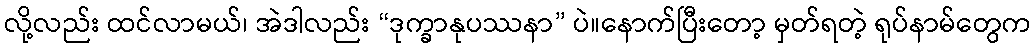
လို့လည်း ထင်လာမယ်၊ အဲဒါလည်း “ဒုက္ခာနုပဿနာ” ပဲ။နောက်ပြီးတော့ မှတ်ရတဲ့ ရုပ်နာမ်တွေက